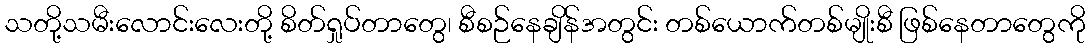
သတို့သမီးလောင်းလေးတို့ စိတ်ရှုပ်တာတွေ၊ စီစဉ်နေချိန်အတွင်း တစ်ယောက်တစ်မျိုးစီ ဖြစ်နေတာတွေကို